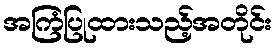
အကြံပြုထားသည့်အတိုင်း